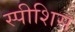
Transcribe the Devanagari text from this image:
स्पीशिस